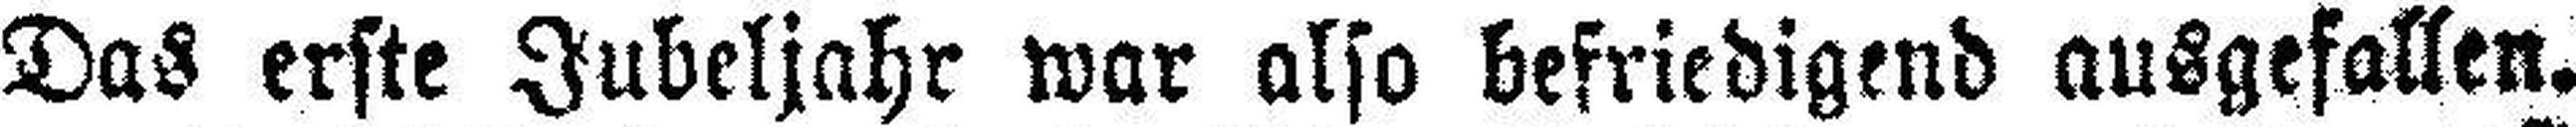
Das erste Jubeljahr war also befriedigend ausgefallen.